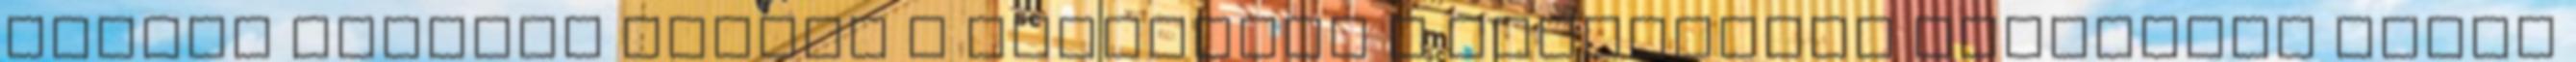
reflux gyakori tünete a hányinger A gyomorégés terhesség korai